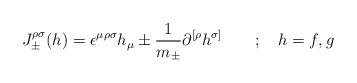
LaTeX: \begin{align*}{J}_{\pm}^{\rho \sigma}(h)= \epsilon ^{\mu \rho \sigma}h_{\mu} \pm \frac {1}{m_\pm}\partial ^{[\rho} h^ {\sigma]}\quad\quad ;\quad h=f,g\end{align*}